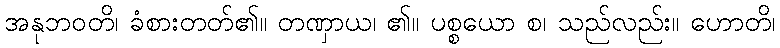
အနုဘဝတိ၊ ခံစားတတ်၏။ တဏှာယ၊ ၏။ ပစ္စယော စ၊ သည်လည်း။ ဟောတိ၊